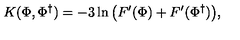
K ( \Phi , \Phi ^ { \dag } ) = - 3 \ln \big ( F ^ { \prime } ( \Phi ) + F ^ { \prime } ( \Phi ^ { \dag } ) \big ) ,